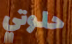
حلوتي